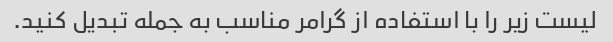
لیست زیر را با استفاده از گرامر مناسب به جمله تبدیل کنید.